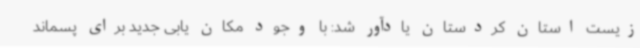
زیست استان کردستان یادآور شد: با وجود مکان یابی جدید برای پسماند